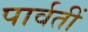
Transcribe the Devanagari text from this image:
पार्वतीं